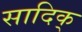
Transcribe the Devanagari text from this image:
सादिक्